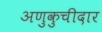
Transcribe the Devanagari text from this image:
अणुकुचीदार